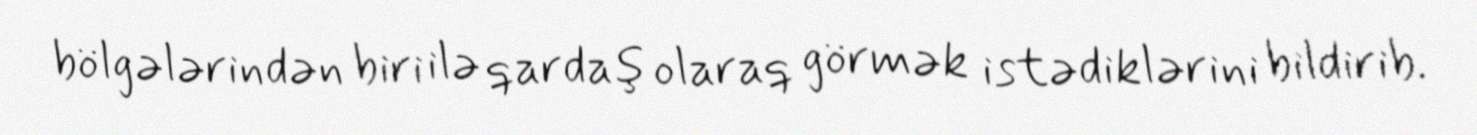
bölgələrindən biri ilə qardaş olaraq görmək istədiklərini bildirib.